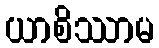
ယာစိဿာမ